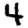
Digit: 4